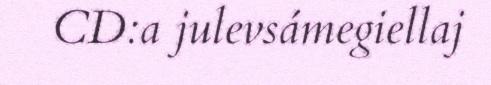
CD:a julevsámegiellaj